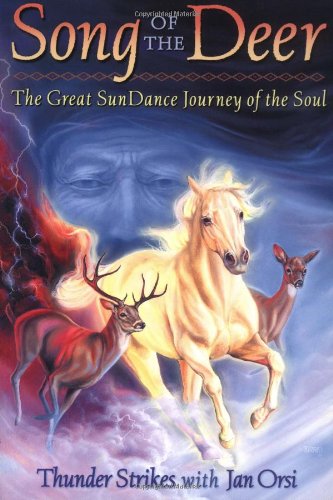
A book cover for Song of the Deer: The Great Sun Dance Journey of the Soul with Other; Thunder; Self-Help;